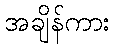
အချိန်ကား